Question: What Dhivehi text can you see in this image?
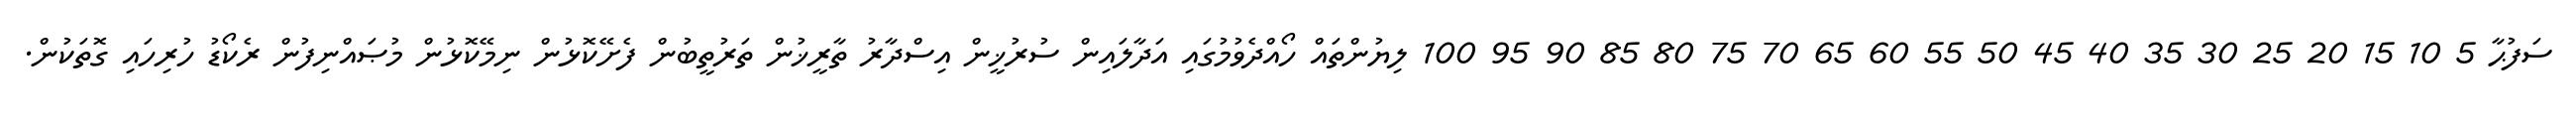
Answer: ސަފުޙާ 5 10 15 20 25 30 35 40 45 50 55 60 65 70 75 80 85 90 95 100 ލިޔުންތައް ހޯއްދެވުމުގައި އަދާލައިން ސުރުޚީން އިސްދާރު ތާރީޚުން ތަރުތީބުން ފެށޭކޮޅުން ނިމޭކޮޅުން މުޞައްނިފުން ރެކޯޑު ހުރިހައި ގޮތަކުން.